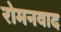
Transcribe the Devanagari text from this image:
रोमनवाद